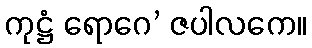
ကုဋ္ဌံ ရောဂေ’ ဇပါလကေ။